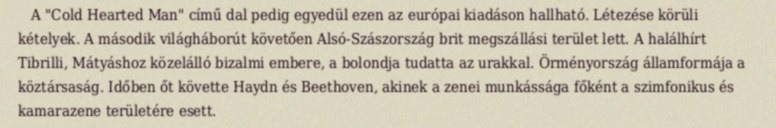
A "Cold Hearted Man" című dal pedig egyedül ezen az európai kiadáson hallható. Létezése körüli kételyek. A második világháborút követően Alsó-Szászország brit megszállási terület lett. A halálhírt Tibrilli, Mátyáshoz közelálló bizalmi embere, a bolondja tudatta az urakkal. Örményország államformája a köztársaság. Időben őt követte Haydn és Beethoven, akinek a zenei munkássága főként a szimfonikus és kamarazene területére esett.